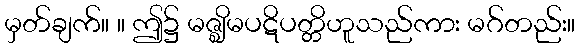
မှတ်ချက်။ ။ ဤ၌ မဇ္ဈိမပဋိပတ္တိဟူသည်ကား မဂ်တည်း။